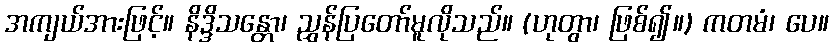
အကျယ်အားဖြင့်။ နိဒ္ဒိသန္တော၊ ညွှန်ပြတော်မူလိုသည်။ (ဟုတွာ၊ ဖြစ်၍။) ကတမံ၊ ပေ။